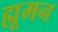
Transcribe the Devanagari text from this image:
ह्मूमन